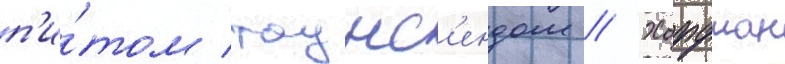
п'и́том таунс'ендом // Хоффман